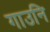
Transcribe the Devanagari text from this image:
गाउनि